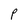
Character: P